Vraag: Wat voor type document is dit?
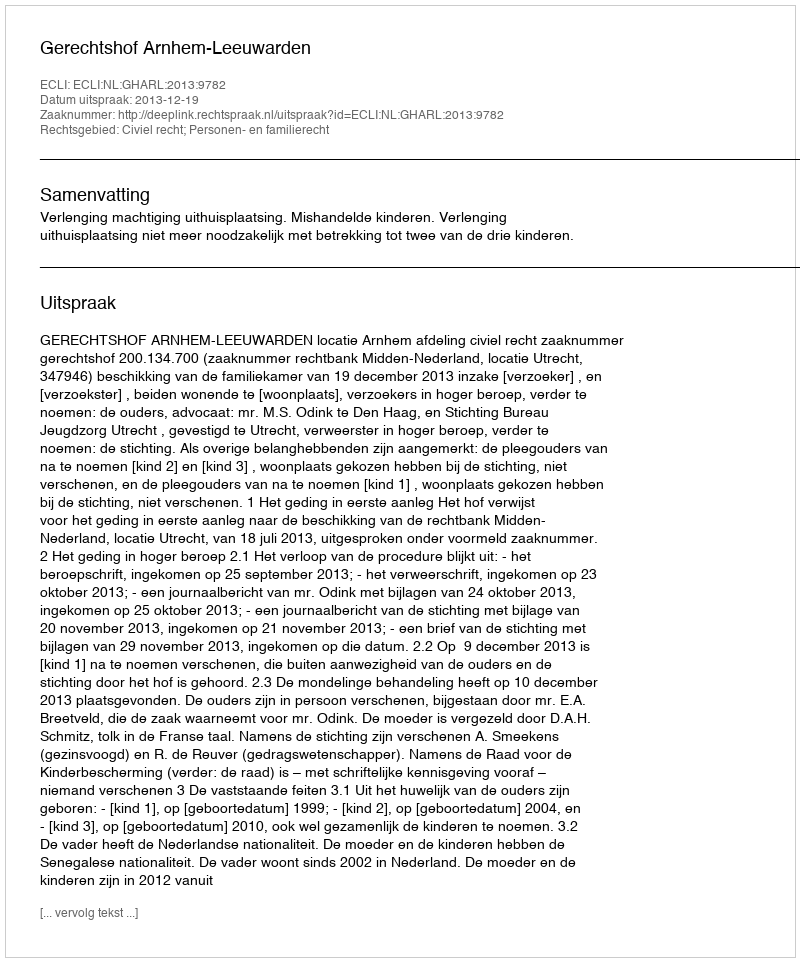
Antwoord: Uitspraak